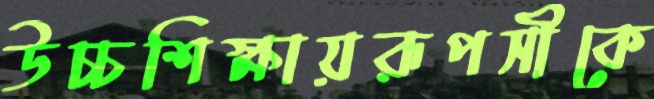
উচ্চশিক্ষায়রূপসীকে